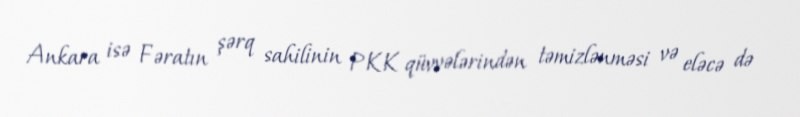
Ankara isə Fəratın şərq sahilinin PKK qüvvələrindən təmizlənməsi və eləcə də